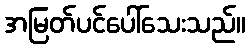
အမြတ်ပင်ပေါ်သေးသည်။